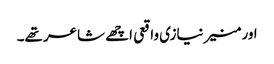
اور منیر نیازی واقعی اچھے شاعر تھے۔